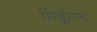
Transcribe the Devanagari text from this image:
मिड्फील्ड